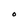
Character: O